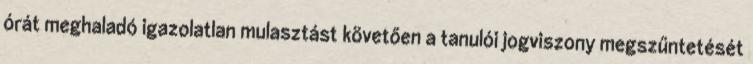
órát meghaladó igazolatlan mulasztást követően a tanulói jogviszony megszűntetését